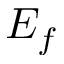
E _ { f }